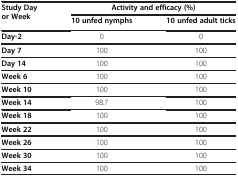
<table><thead><tr><td rowspan="2"><b>Study Day or Week</b></td><td colspan="2"><b>Activity and efficacy (%)</b></td></tr><tr><td><b>10 unfed nymphs</b></td><td><b>10 unfed adult ticks</b></td></tr></thead><tbody><tr><td><b>Day-2</b></td><td>0</td><td>0</td></tr><tr><td><b>Day 7</b></td><td>100</td><td>100</td></tr><tr><td><b>Day 14</b></td><td>100</td><td>100</td></tr><tr><td><b>Week 6</b></td><td>100</td><td>100</td></tr><tr><td><b>Week 10</b></td><td>100</td><td>100</td></tr><tr><td><b>Week 14</b></td><td>98.7</td><td>100</td></tr><tr><td><b>Week 18</b></td><td>100</td><td>100</td></tr><tr><td><b>Week 22</b></td><td>100</td><td>100</td></tr><tr><td><b>Week 26</b></td><td>100</td><td>100</td></tr><tr><td><b>Week 30</b></td><td>100</td><td>100</td></tr><tr><td><b>Week 34</b></td><td>100</td><td>100</td></tr></tbody></table>